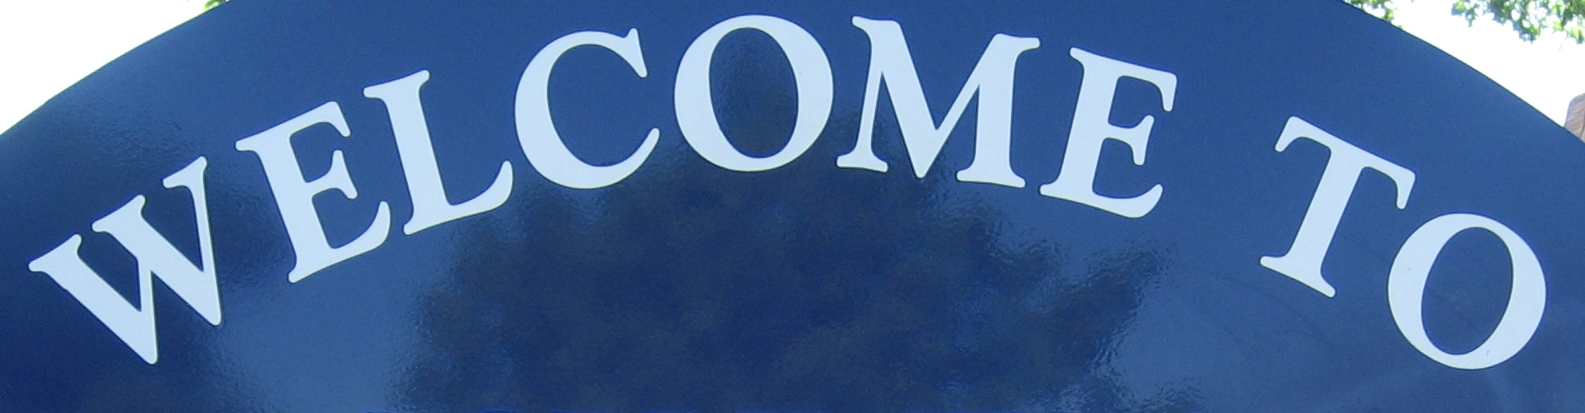
WELCOME TO